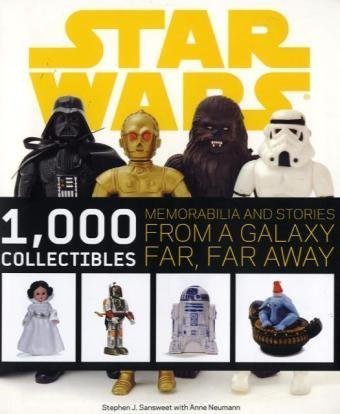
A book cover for Star Wars: 1,000 Collectibles; Stephen Sansweet; Humor & Entertainment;